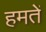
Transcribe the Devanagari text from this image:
हमतें